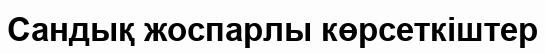
Сандық жоспарлы көрсеткіштер